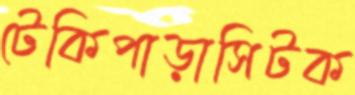
টেকিপাড়াসিটক